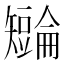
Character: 𪿏